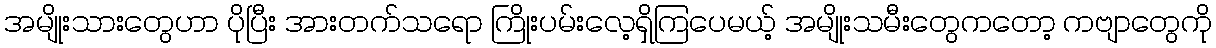
အမျိုးသားတွေဟာ ပိုပြီး အားတက်သရော ကြိုးပမ်းလေ့ရှိကြပေမယ့် အမျိုးသမီးတွေကတော့ ကဗျာတွေကို